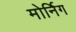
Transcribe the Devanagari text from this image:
मोर्निग